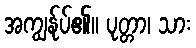
အကျွန်ုပ်၏။ ပုတ္တာ၊ သား